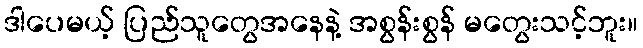
ဒါပေမယ့် ပြည်သူတွေအနေနဲ့ အစွန်းစွန် မတွေးသင့်ဘူး။